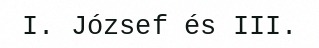
I. József és III.